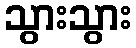
သွားသွား